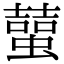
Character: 𧑭